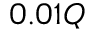
0 . 0 1 Q